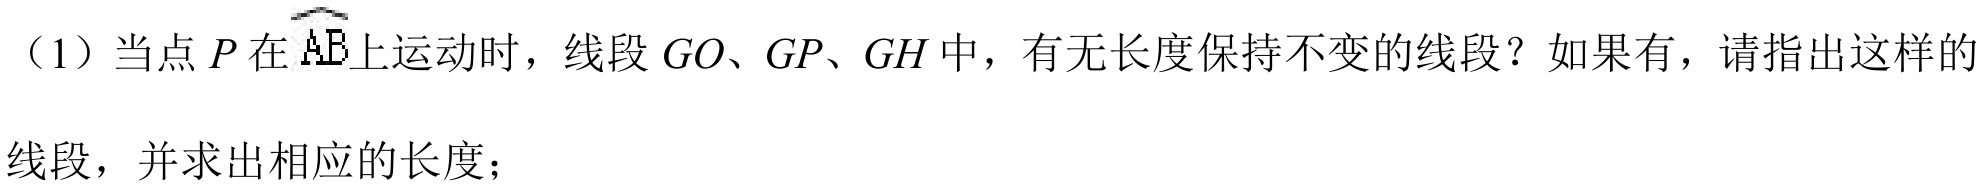
（1）当点\(P\)在\(\overset{\frown}{AB}\)上运动时，线段\(GO、GP、GH\)中，有无长度保持不变的线段？如果有，请指出这样的线段，并求出相应的长度；